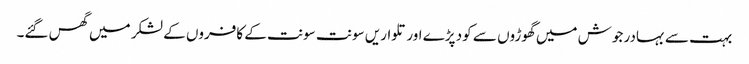
بہت سے بہادر جوش میں گھوڑوں سے کود پڑے اور تلواریں سونت سونت کے کافروں کے لشکر میں گھس گئے۔